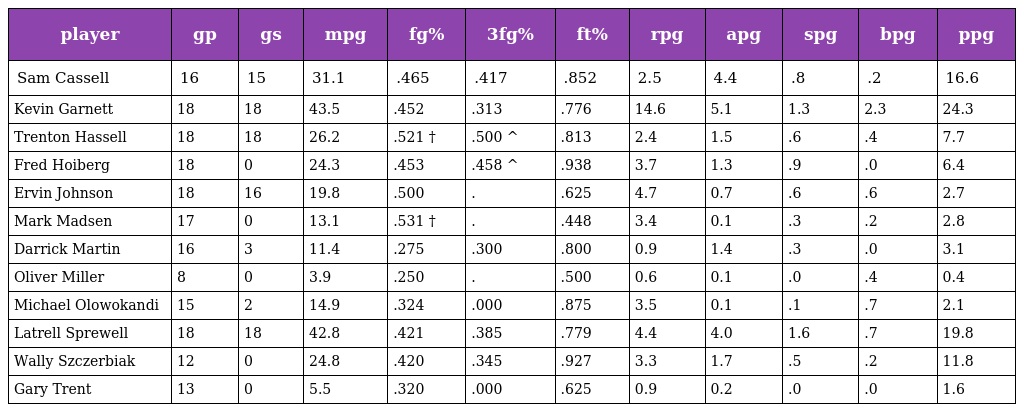
| player | gp | gs | mpg | fg% | 3fg% | ft% | rpg | apg | spg | bpg | ppg |
 | --- | --- | --- | --- | --- | --- | --- | --- | --- | --- | --- | --- |
 | Sam Cassell | 16 | 15 | 31.1 | .465 | .417 | .852 | 2.5 | 4.4 | .8 | .2 | 16.6 |
 | Kevin Garnett | 18 | 18 | 43.5 | .452 | .313 | .776 | 14.6 | 5.1 | 1.3 | 2.3 | 24.3 |
 | Trenton Hassell | 18 | 18 | 26.2 | .521 † | .500 ^ | .813 | 2.4 | 1.5 | .6 | .4 | 7.7 |
 | Fred Hoiberg | 18 | 0 | 24.3 | .453 | .458 ^ | .938 | 3.7 | 1.3 | .9 | .0 | 6.4 |
 | Ervin Johnson | 18 | 16 | 19.8 | .500 | . | .625 | 4.7 | 0.7 | .6 | .6 | 2.7 |
 | Mark Madsen | 17 | 0 | 13.1 | .531 † | . | .448 | 3.4 | 0.1 | .3 | .2 | 2.8 |
 | Darrick Martin | 16 | 3 | 11.4 | .275 | .300 | .800 | 0.9 | 1.4 | .3 | .0 | 3.1 |
 | Oliver Miller | 8 | 0 | 3.9 | .250 | . | .500 | 0.6 | 0.1 | .0 | .4 | 0.4 |
 | Michael Olowokandi | 15 | 2 | 14.9 | .324 | .000 | .875 | 3.5 | 0.1 | .1 | .7 | 2.1 |
 | Latrell Sprewell | 18 | 18 | 42.8 | .421 | .385 | .779 | 4.4 | 4.0 | 1.6 | .7 | 19.8 |
 | Wally Szczerbiak | 12 | 0 | 24.8 | .420 | .345 | .927 | 3.3 | 1.7 | .5 | .2 | 11.8 |
 | Gary Trent | 13 | 0 | 5.5 | .320 | .000 | .625 | 0.9 | 0.2 | .0 | .0 | 1.6 |